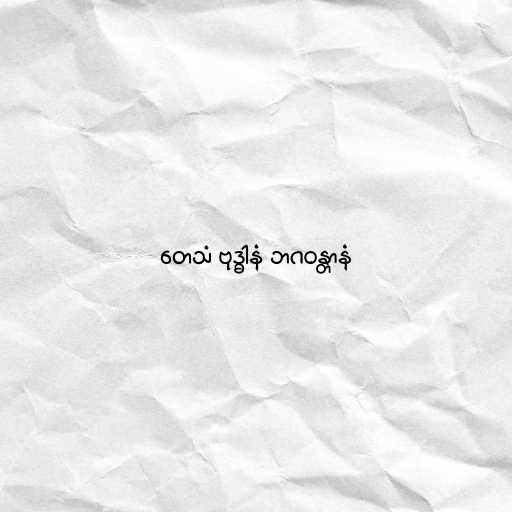
တေသံ ဗုဒ္ဓါနံ ဘဂဝန္တာနံ